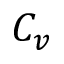
C _ { v }